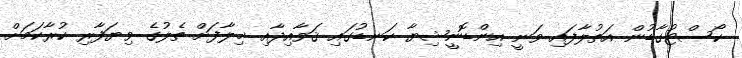
ކޯސްޓުގާޑުން އަތުލާފައި ވަނީ އިންޑޮނީޝިޔާ ކަނޑުގައި ޤަވާއިދާއި ޚިލާފަށް ތެލުގެ ވިޔަފާރި ކުރާކަމަށް